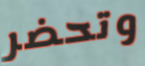
وتحضر